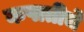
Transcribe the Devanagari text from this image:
कपातीचे